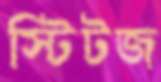
স্টিটজ